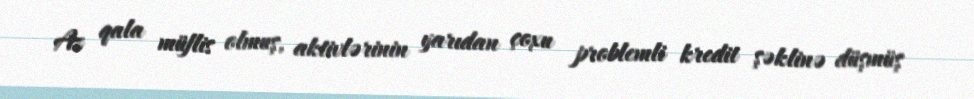
Az qala müflis olmuş, aktivlərinin yarıdan çoxu problemli kredit şəklinə düşmüş